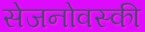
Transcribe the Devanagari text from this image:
सेजनोवस्की